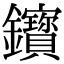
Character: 𨰦